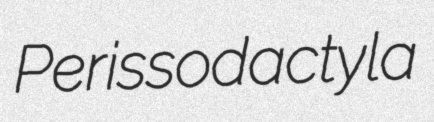
Perissodactyla